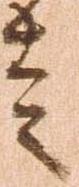
走